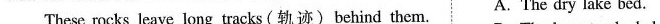
These rocks leave long tracks (轨迹) behind them. A. The dry lake bed.